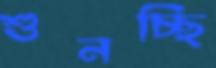
শুনচ্ছি